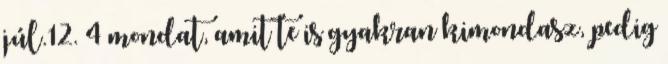
júl.12. 4 mondat, amit te is gyakran kimondasz, pedig